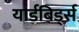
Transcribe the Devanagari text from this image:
यार्डबिर्ड्स